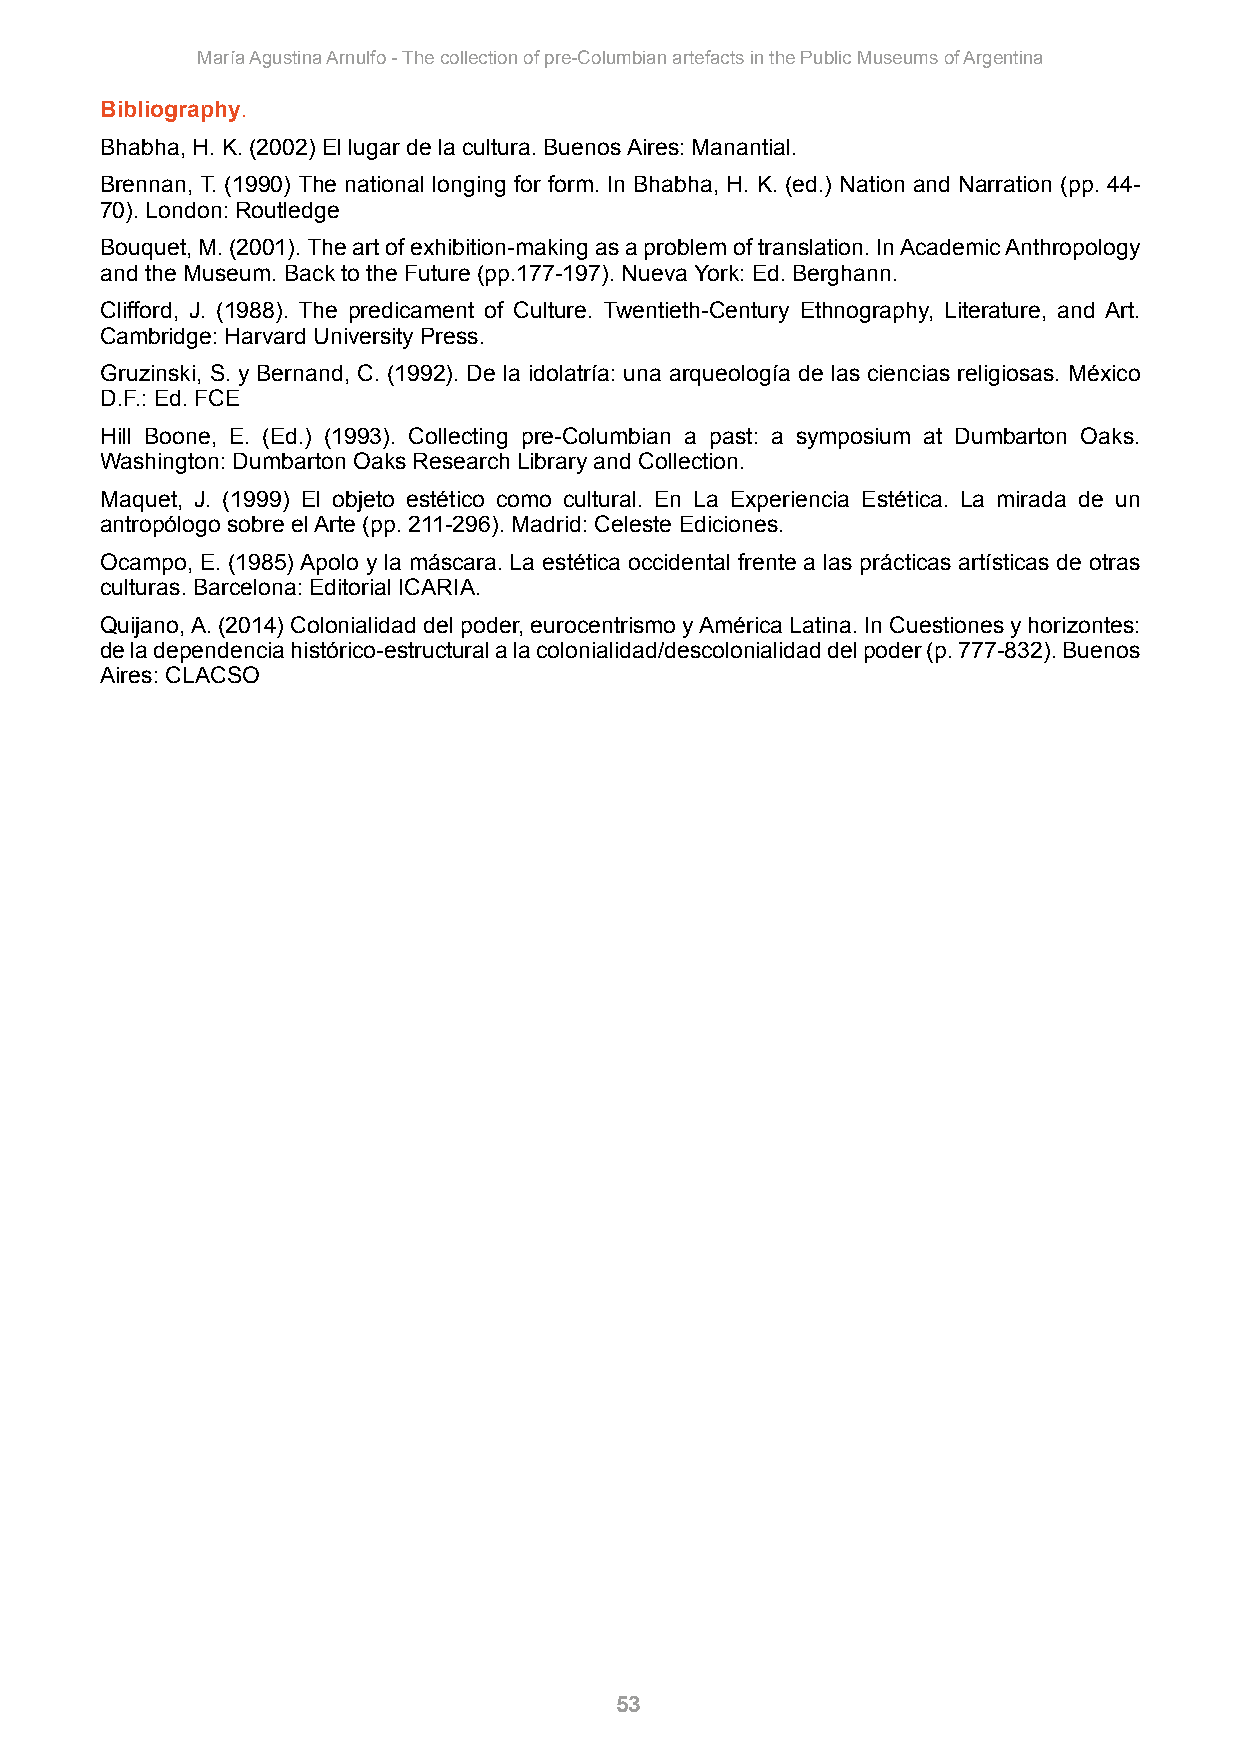
María Agustina Arnulfo - The collection of pre-Columbian artefacts in the Public Museums of Argentina
 Bibliography.
 Bhabha, H. K. (2002) El lugar de la cultura. Buenos Aires: Manantial.
 Brennan, T. (1990) The national longing for form. In Bhabha, H. K. (ed.) Nation and Narration (pp. 44-
 70). London: Routledge
 Bouquet, M. (2001). The art of exhibition-making as a problem of translation. In Academic Anthropology
 and the Museum. Back to the Future (pp.177-197). Nueva York: Ed. Berghann.
 Clifford, J. (1988). The predicament of Culture. Twentieth-Century Ethnography, Literature, and Art.
 Cambridge: Harvard University Press.
 Gruzinski, S. y Bernand, C. (1992). De la idolatría: una arqueología de las ciencias religiosas. México
 D.F.: Ed. FCE
 Hill Boone, E. (Ed.) (1993). Collecting pre-Columbian a past: a symposium at Dumbarton Oaks.
 Washington: Dumbarton Oaks Research Library and Collection.
 Maquet, J. (1999) El objeto estético como cultural. En La Experiencia Estética. La mirada de un
 antropólogo sobre el Arte (pp. 211-296). Madrid: Celeste Ediciones.
 Ocampo, E. (1985) Apolo y la máscara. La estética occidental frente a las prácticas artísticas de otras
 culturas. Barcelona: Editorial ICARIA.
 Quijano, A. (2014) Colonialidad del poder, eurocentrismo y América Latina. In Cuestiones y horizontes:
 de la dependencia histórico-estructural a la colonialidad/descolonialidad del poder (p. 777-832). Buenos
 Aires: CLACSO
 53